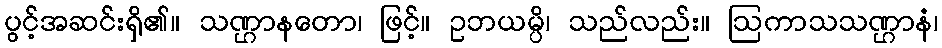
ပွင့်အဆင်းရှိ၏။ သဏ္ဌာနတော၊ ဖြင့်။ ဥဘယမ္ပိ၊ သည်လည်း။ ဩကာသသဏ္ဌာနံ၊